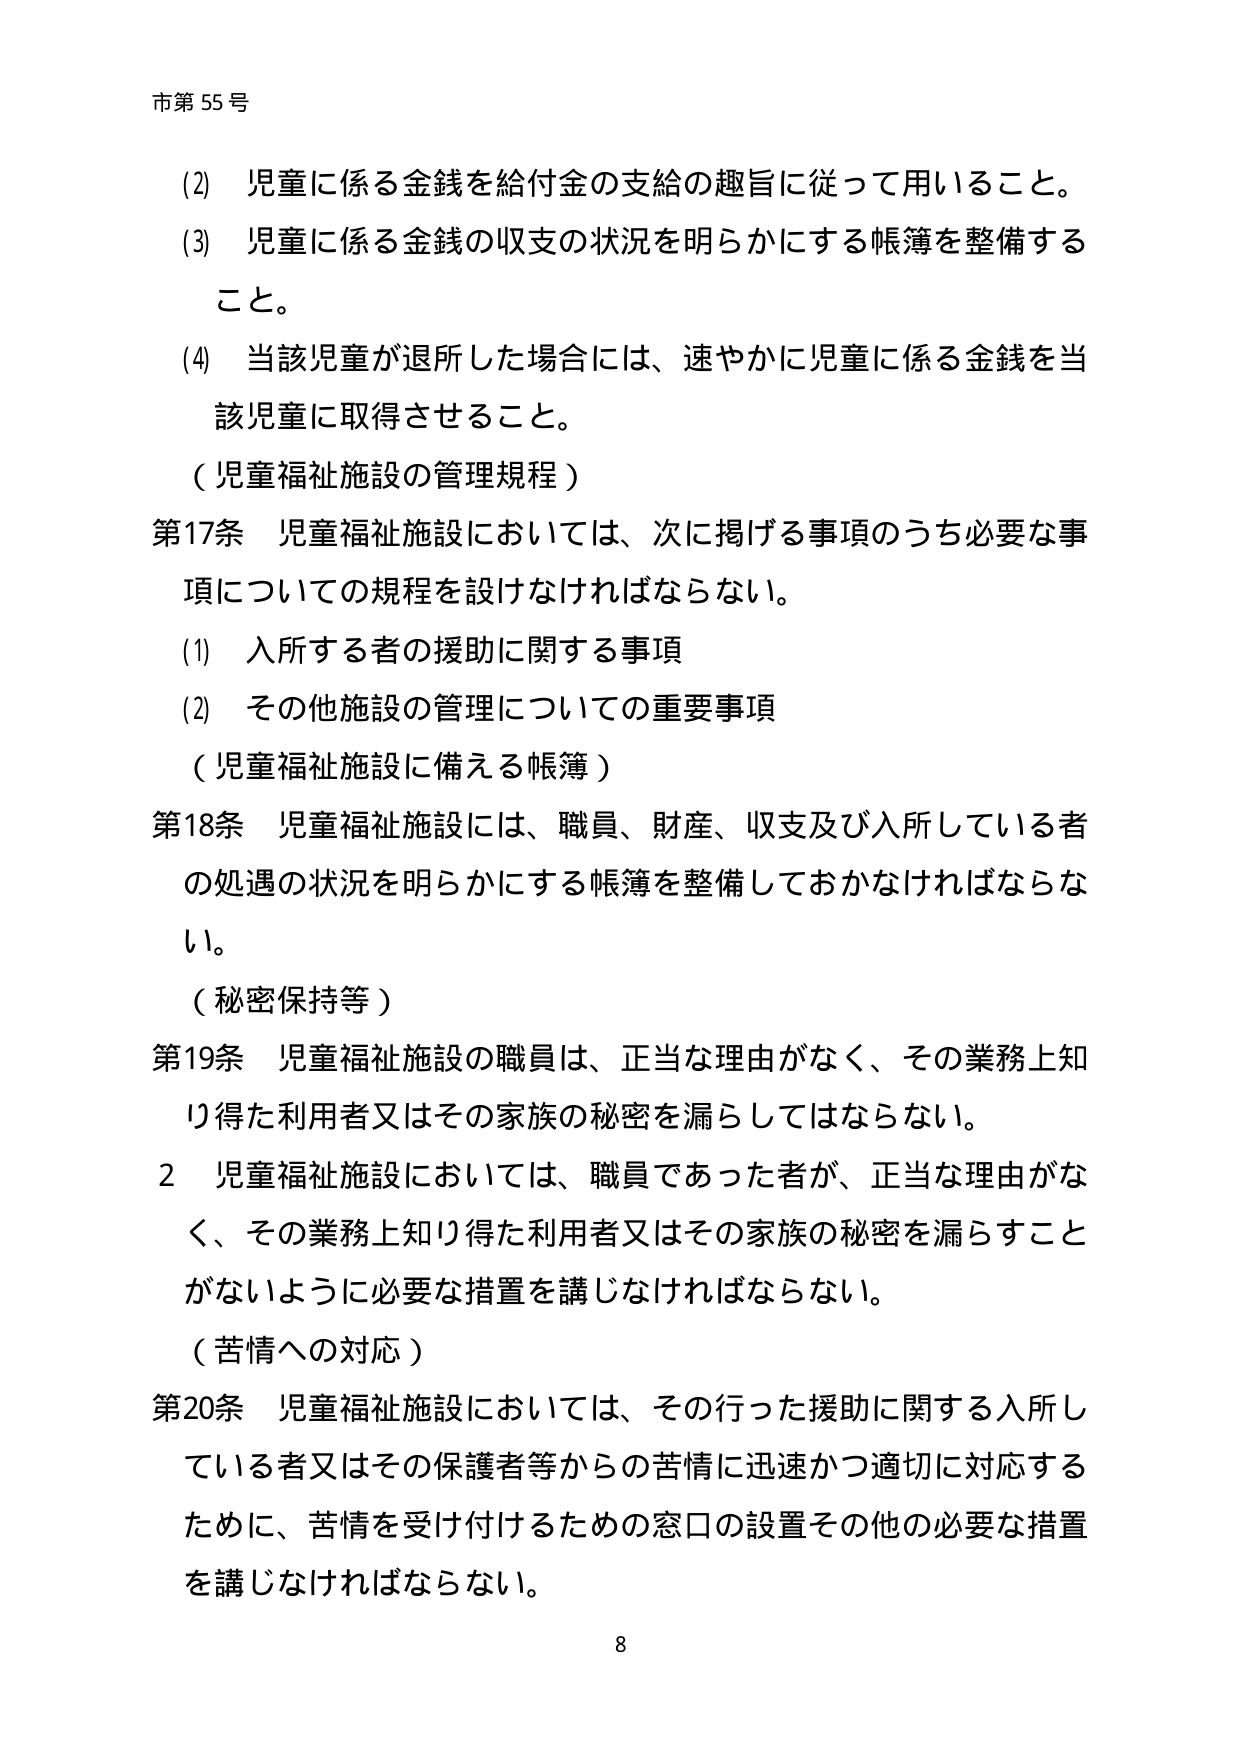
市第55号

(2) 児童に係る金銭を給付金の支給の趣旨に従って用いること。
(3) 児童に係る金銭の収支の状況を明らかにする帳簿を整備すること。
(4) 当該児童が退所した場合には、速やかに児童に係る金銭を当該児童に取得させること。

（児童福祉施設の管理規程）
第17条 児童福祉施設においては、次に掲げる事項のうち必要な事項についての規程を設けなければならない。
(1) 入所する者の援助に関する事項
(2) その他施設の管理についての重要事項

（児童福祉施設に備える帳簿）
第18条 児童福祉施設には、職員、財産、収支及び入所している者の処遇の状況を明らかにする帳簿を整備しておかなければならない。

（秘密保持等）
第19条 児童福祉施設の職員は、正当な理由がなく、その業務上知り得た利用者又はその家族の秘密を漏らしてはならない。
2 児童福祉施設においては、職員であった者が、正当な理由がなく、その業務上知り得た利用者又はその家族の秘密を漏らすことがないように必要な措置を講じなければならない。

（苦情への対応）
第20条 児童福祉施設においては、その行った援助に関する入所している者又はその保護者等からの苦情に迅速かつ適切に対応するために、苦情を受け付けるための窓口の設置その他の必要な措置を講じなければならない。

8